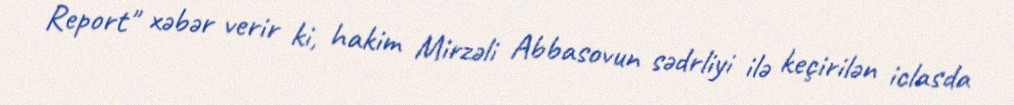
Report" xəbər verir ki, hakim Mirzəli Abbasovun sədrliyi ilə keçirilən iclasda